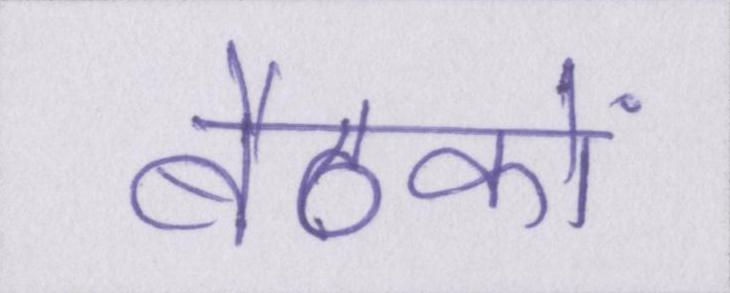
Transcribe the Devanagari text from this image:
बैठकों